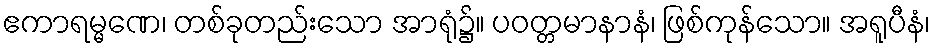
ဧကာရမ္မဏေ၊ တစ်ခုတည်းသော အာရုံ၌။ ပဝတ္တမာနာနံ၊ ဖြစ်ကုန်သော။ အရူပီနံ၊